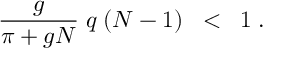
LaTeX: \frac { g } { \pi + g N } \; q \; ( N - 1 ) \; \; < \; \; 1 \; .